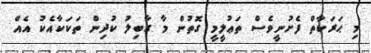
މި ޙަރަކާތް ފެށުނީވެސް ތަޢުލީމީ ގޮތުން މާ ގާބިލު ކުދިން ތަކަކާއެކު އެއް